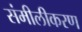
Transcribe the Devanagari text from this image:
संमीलीकरण